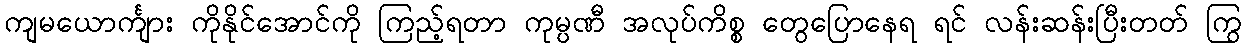
ကျမယောင်္ကျား ကိုနိုင်အောင်ကို ကြည့်ရတာ ကုမ္ပဏီ အလုပ်ကိစ္စ တွေပြောနေရ ရင် လန်းဆန်းပြီးတတ် ကြွ